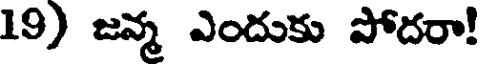
19) జన్మ ఎందుకు పోదరా!